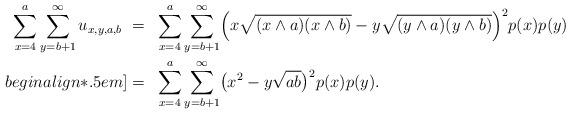
LaTeX: \begin{align*} \sum_{x=4}^{a} \sum_{y=b+1}^{\infty} u_{x,y,a,b} ~=~ & \sum_{x=4}^{a} \sum_{y=b+1}^{\infty} \Bigl( x \sqrt{(x \wedge a)(x \wedge b)} - y \sqrt{(y \wedge a)(y \wedge b)} \Bigr)^2 p(x) p(y) \\begin{align*}.5em] = ~ & \sum_{x=4}^{a} \sum_{y=b+1}^{\infty} \bigl( x^2 - y \sqrt{ab} \bigr)^2 p(x) p(y). \end{align*}